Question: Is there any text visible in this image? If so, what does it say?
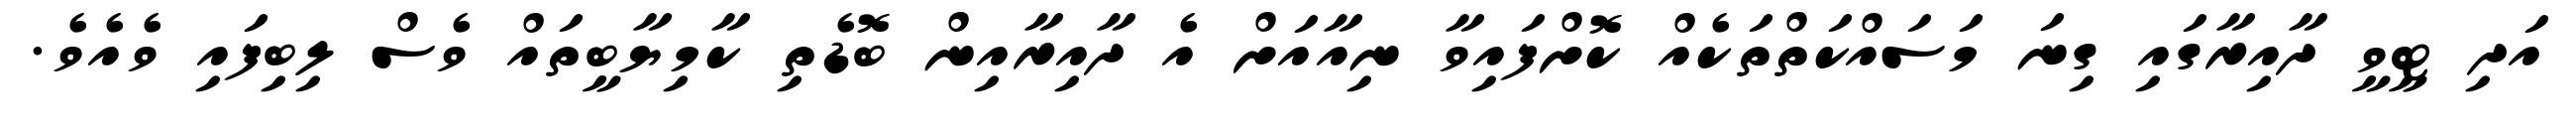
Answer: އަދި ޓީވީ ދާއިރާގައި ގިނަ މަސައްކަތްތަކެއް ކޮށްފައިވާ ނިއާއަށް އެ ދާއިރާއިން ބޮޑެތި ކާމިޔާބީތައް ވެސް ލިބިފައި ވެއެވެ.